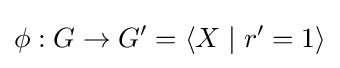
\phi :G\to G'=\langle X\mid r'=1\rangle